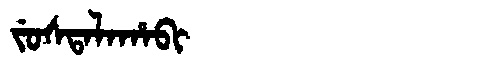
Manchu: ᠵᡠᠰᡨᠠᠯᠠᡥᠠᠪᡳ
Romanization: JUSTALAHABI